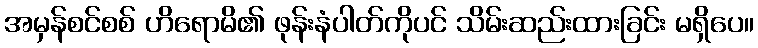
အမှန်စင်စစ် ဟိရောမိ၏ ဖုန်းနံပါတ်ကိုပင် သိမ်းဆည်းထားခြင်း မရှိပေ။